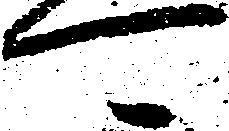
可